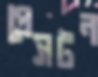
প্রেসটন